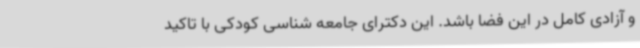
و آزادی کامل در این فضا باشد. این دکترای جامعه شناسی کودکی با تاکید